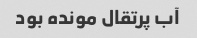
آب پرتقال مونده بود